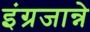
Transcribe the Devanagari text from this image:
इंग्रजान्ने